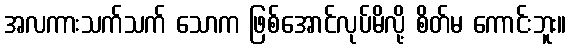
အလကားသက်သက် သောက ဖြစ်အောင်လုပ်မိလို့ စိတ်မ ကောင်းဘူး။